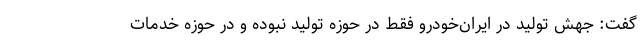
گفت: جهش تولید در ایران‌خودرو فقط در حوزه تولید نبوده و در حوزه خدمات